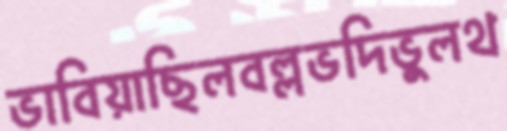
ভাবিয়াছিলবল্লভদিভুলথ